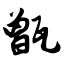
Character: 甑